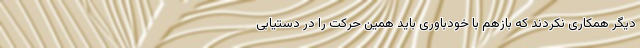
دیگر همکاری نکردند که بازهم با خودباوری باید همین حرکت را در دستیابی